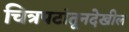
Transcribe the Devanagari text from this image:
चित्रपटांतूनदेखील